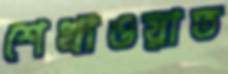
শেখাওয়াত